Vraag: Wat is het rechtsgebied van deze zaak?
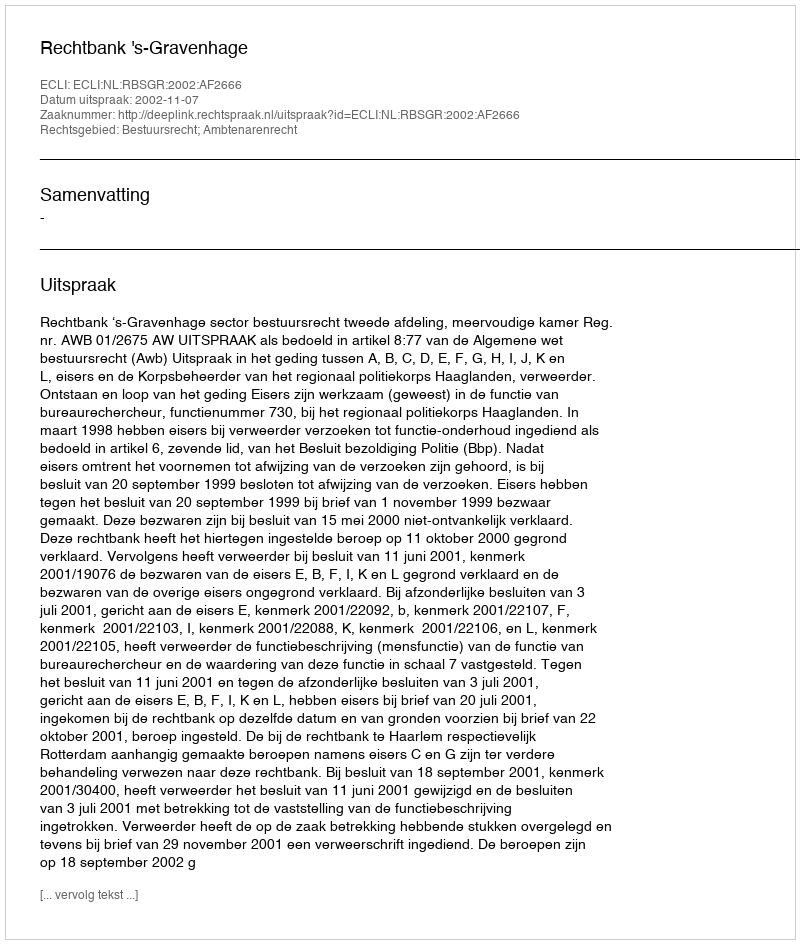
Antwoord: Bestuursrecht; Ambtenarenrecht